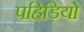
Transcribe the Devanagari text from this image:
पहिड़ियो